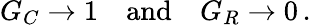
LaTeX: G_{C}\to 1\quad{\mathrm{and}}\quad G_{R}\to 0\, .